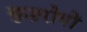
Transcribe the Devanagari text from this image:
कुष्ठरोगों